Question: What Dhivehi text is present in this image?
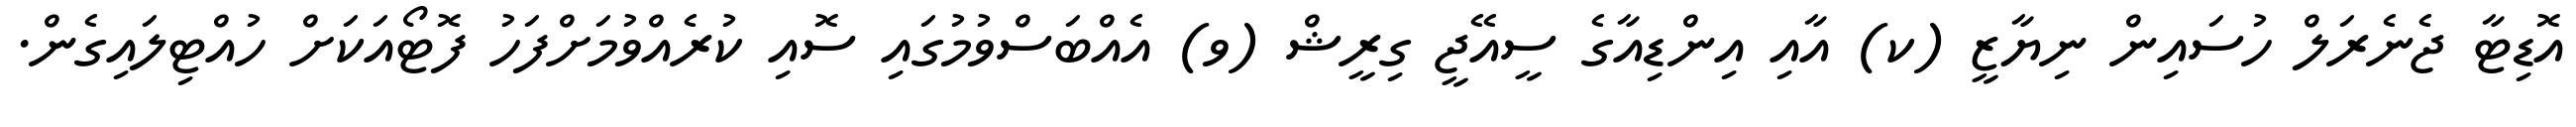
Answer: އޮޑިޓާ ޖެނެރަލް ހުސައިން ނިޔާޒީ (ކ) އާއި އިންޑިއާގެ ސީއޭޖީ ގިރީޝް (ވ) އެއްބަސްވުމުގައި ސޮއި ކުރެއްވުމަށްފަހު ފޮޓޯއަކަށް ހުއްޓިލައިގެން.